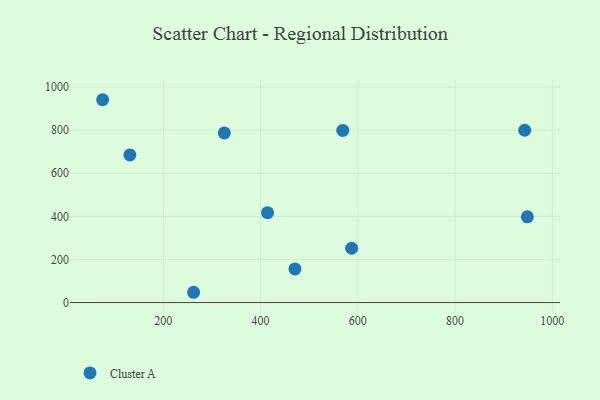
{"axis": {"x": "Ad Spend", "y": "Fuel Efficiency"}, "legend": ["Cluster A"], "data": [{"x": "587.3", "y": 252.0, "type": "Cluster A"}, {"x": "414.4", "y": 417.2, "type": "Cluster A"}, {"x": "948.6", "y": 397.7, "type": "Cluster A"}, {"x": "325.5", "y": 787.3, "type": "Cluster A"}, {"x": "131.3", "y": 685.1, "type": "Cluster A"}, {"x": "470.7", "y": 155.9, "type": "Cluster A"}, {"x": "262.3", "y": 47.7, "type": "Cluster A"}, {"x": "569.1", "y": 798.6, "type": "Cluster A"}, {"x": "943.1", "y": 799.7, "type": "Cluster A"}, {"x": "75.3", "y": 941.3, "type": "Cluster A"}]}